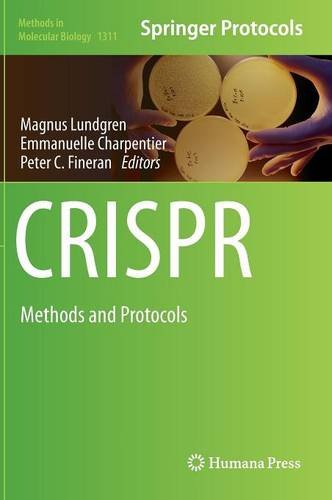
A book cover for CRISPR: Methods and Protocols (Methods in Molecular Biology); Computers & Technology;